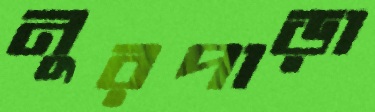
নুরপাড়া